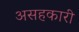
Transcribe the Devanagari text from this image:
असहकारी